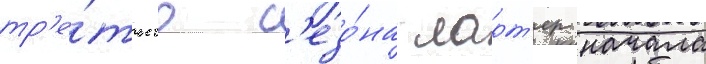
тр'е́тьего с'езо́на ларт'ер начала